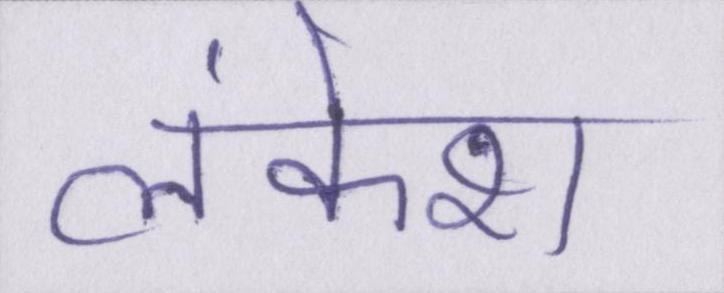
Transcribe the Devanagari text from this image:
लंकेश